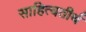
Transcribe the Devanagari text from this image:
साहित्यतीर्थ